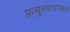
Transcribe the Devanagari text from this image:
प्रत्युतरादाखल